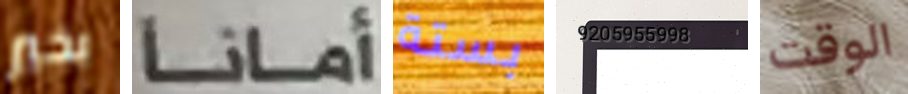
بخير أمانا بستة 9205955998 الوقت